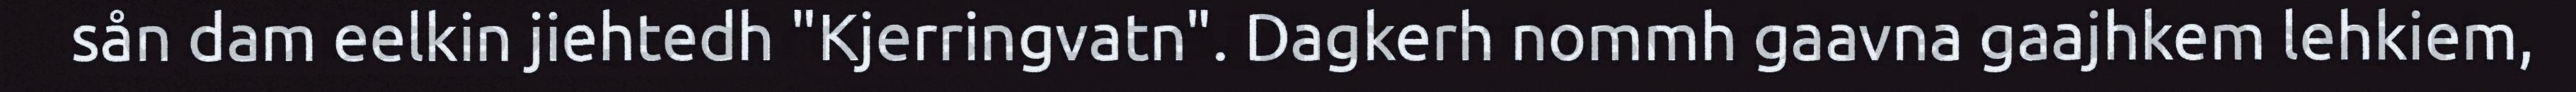
sån dam eelkin jiehtedh "Kjerringvatn". Dagkerh nommh gaavna gaajhkem lehkiem,